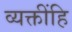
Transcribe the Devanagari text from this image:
व्यक्तींहि